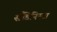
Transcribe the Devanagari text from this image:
सैंडिनिस्टा